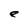
Character: e